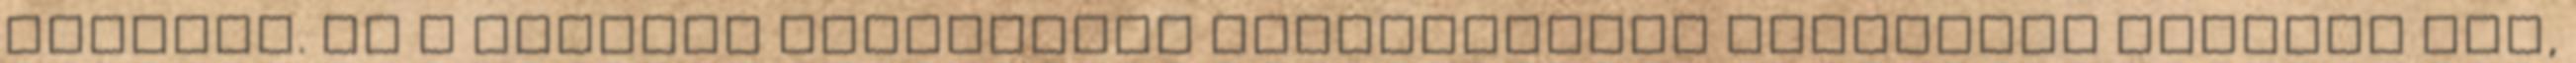
étkezne. Ha a Tasigna szedésével kapcsolatban bármilyen kérdése van,